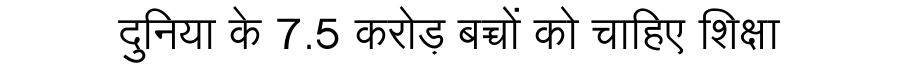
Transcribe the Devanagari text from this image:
दुनिया के 7.5 करोड़ बच्चों को चाहिए शिक्षा